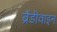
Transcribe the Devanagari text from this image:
ब्रैंडीवाइन